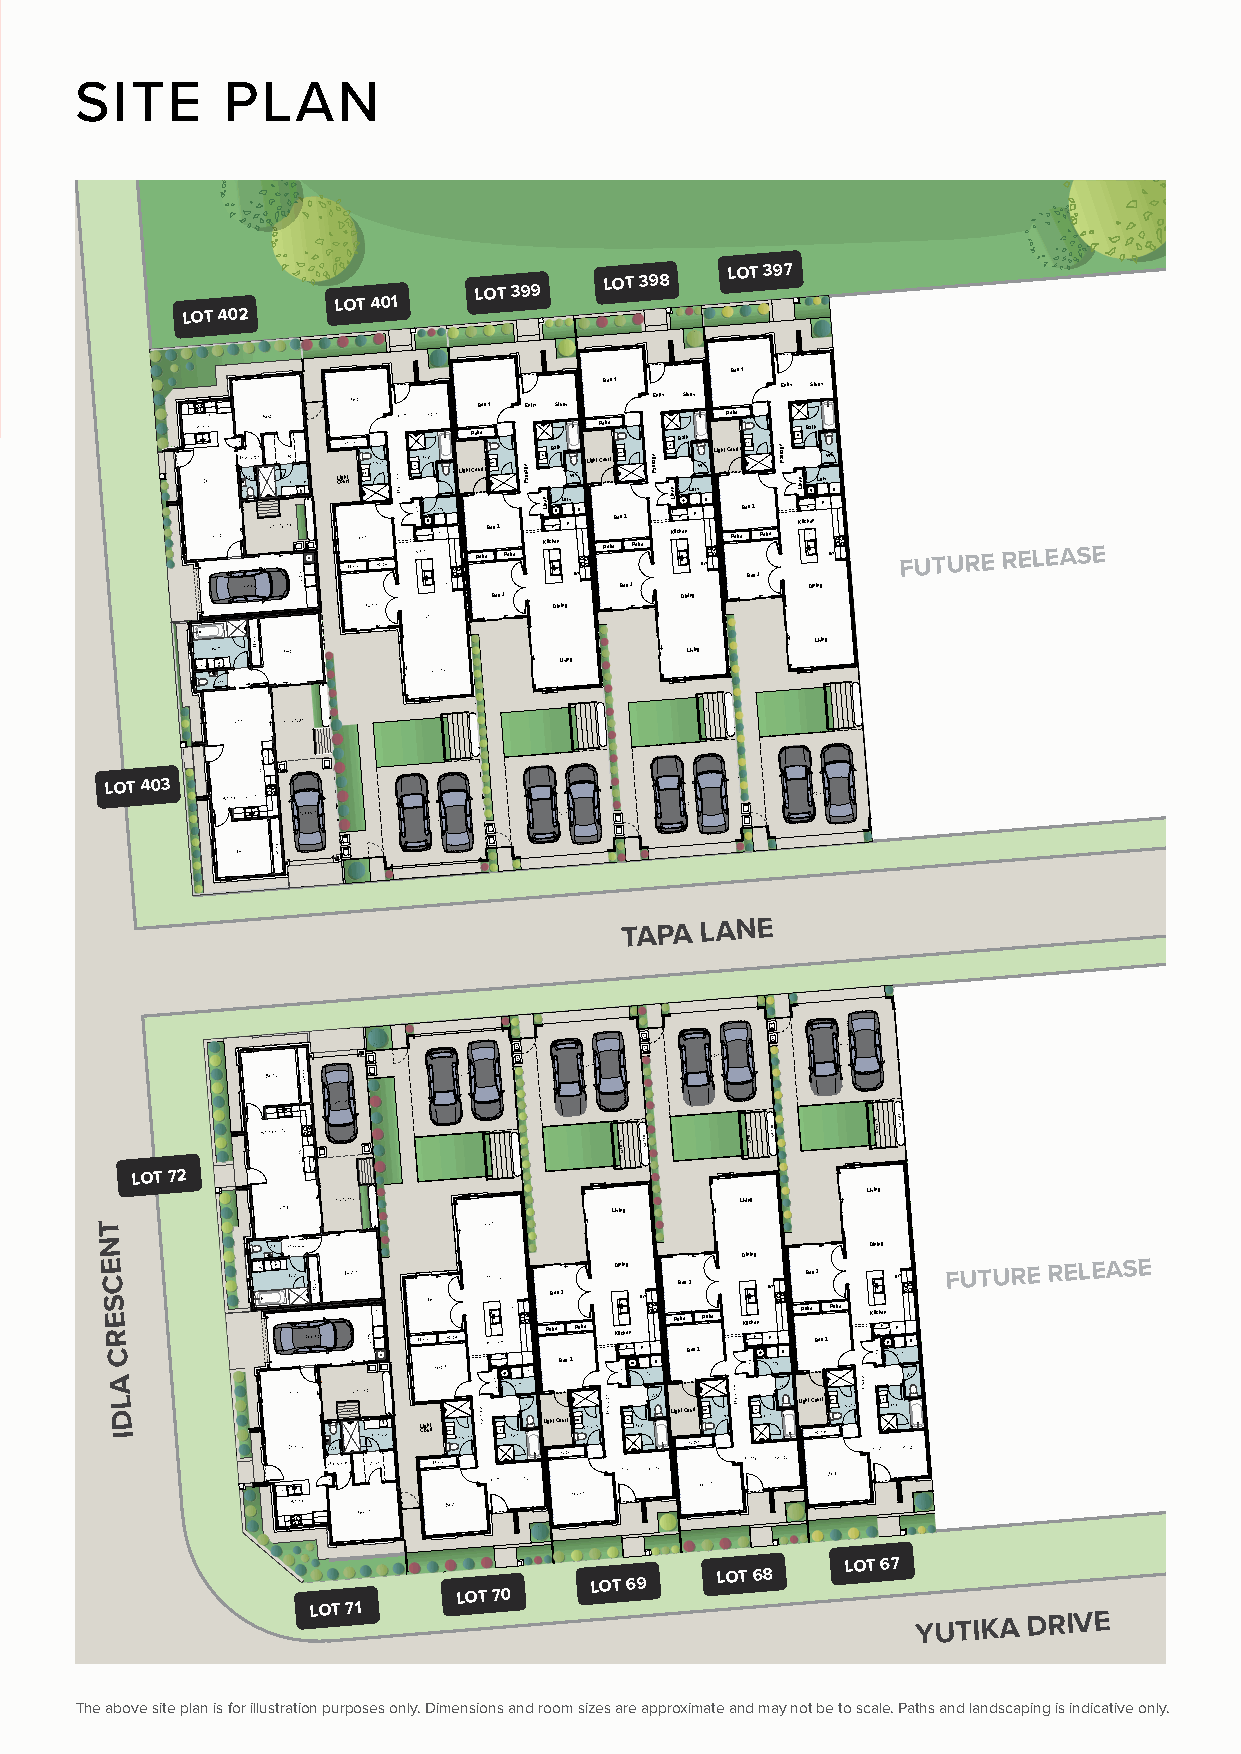
SITE      PLAN
 LOT 399
 LOT 398
 LOT 397
 LOT 401
 LOT 402
 Bed1
 Bed1        Entry Study
 Entry Study
 Bed1 Entry Study
 Robe
 Robe     Robe Bath    Bath
 CLioguhrtt LightCo Ru or bt
 eBed2
 Robe
 egassaP
 nen
 KiL
 itcB hFa et nh
 Ld
 PryWC BrLightCo Ru or bt
 eBed2
 Robe
 egassaP
 nen
 KiL
 itchF
 enLd
 PryW MC WBrLightCo Ru or bt
 eBed2
 Robe
 egassaP nen
 KiL
 itchF
 enLd PryW MC
 WBr
 FUTURE RELEASE
 MW         Bed3
 Bed3         Dining
 Bed3        Dining
 Dining
 Living
 Living
 Living
 LOT 403
 TAPA LANE
 niB
 niB     niB
 niB      niB
 niB
 Bed2
 eboR
 Kitchen/Dining          eniLsehtolC L000,1 TWR eniLsehtolC L000,1 TWR eniLsehtolC L000,1 TWR
 LOT 72
 Living
 Living
 Living
 T
 N                                                  Dining
 E C S                        Bed3 Dining MW Bed3 Dining MW Bed3 MW FUTURE RELEASE
 E R
 C
 Robe Robe Kitch Fen
 P
 Robe Bed2Robe Kitch Fen P
 Br
 Robe Bed2Robe Kitch Fen P Br
 Bed2  Br
 A
 L                                             LightCourt
 D                                    LightCourt
 I
 CLioguhrtt LightCourt
 LOT 67
 LOT 69
 LOT 68
 LOT 70
 LOT 71
 YUTIKA
 DRIVE
 The above site plan is for illustration purposes only. Dimensions and room sizes are approximate and may not be to scale. Paths and landscaping is indicative only.